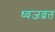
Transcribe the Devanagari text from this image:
ध्वजव्रत